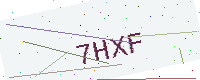
Text: 7HXF